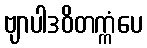
ဗျာပါဒဝိတက္ကံပေ